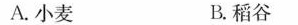
A.小麦 B.稻谷